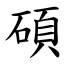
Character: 碩